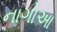
નાગોઆ